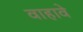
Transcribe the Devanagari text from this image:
वाहावे